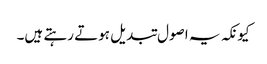
کیونکہ یہ اصول تبدیل ہوتے رہتے ہیں۔